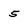
Character: 5